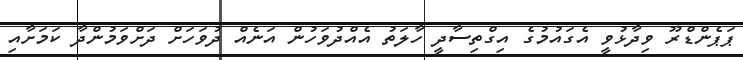
ޕަޕެންޑްރޫ ވިދާޅުވީ އެގައުމުގެ އިގްތިސާދީ ހާލަތު އެއްދުވަހުން އަނެއް ދުވަހަށް ދަށްވަމުންދާ ކަމަށާއި